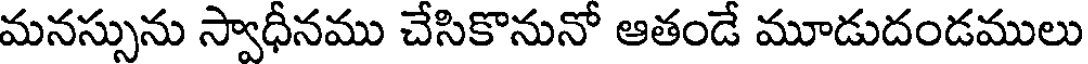
మనస్సును స్వాధీనము చేసికొనునో ఆతండే మూడుదండములు